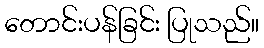
တောင်းပန်ခြင်း ပြုသည်။